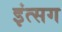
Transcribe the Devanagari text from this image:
इंत्सग